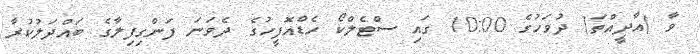
ވާ (އާދީއްތަ) ދުވަހުގެ 10:00 ގައި ސްޓެލްކޯ ހެޑްއޮފީހުގެ ދެވަނަ ފަންގިފިލާގެ ބައްދަލުކުރާ